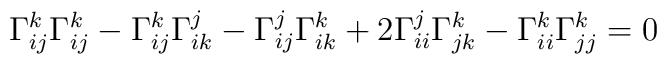
\Gamma_{ij}^k\Gamma_{ij}^k- \Gamma_{ij}^k\Gamma_{ik}^j- \Gamma_{ij}^j\Gamma_{ik}^k+2\Gamma_{ii}^j\Gamma_{jk}^k-\Gamma_{ii}^k\Gamma_{jj}^k=0